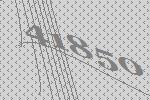
41850